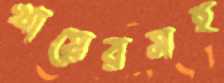
খায়েরসহ